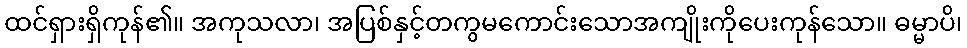
ထင်ရှားရှိကုန်၏။ အကုသလာ၊ အပြစ်နှင့်တကွမကောင်းသောအကျိုးကိုပေးကုန်သော။ ဓမ္မာပိ၊